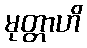
မုတ္တာဟိ